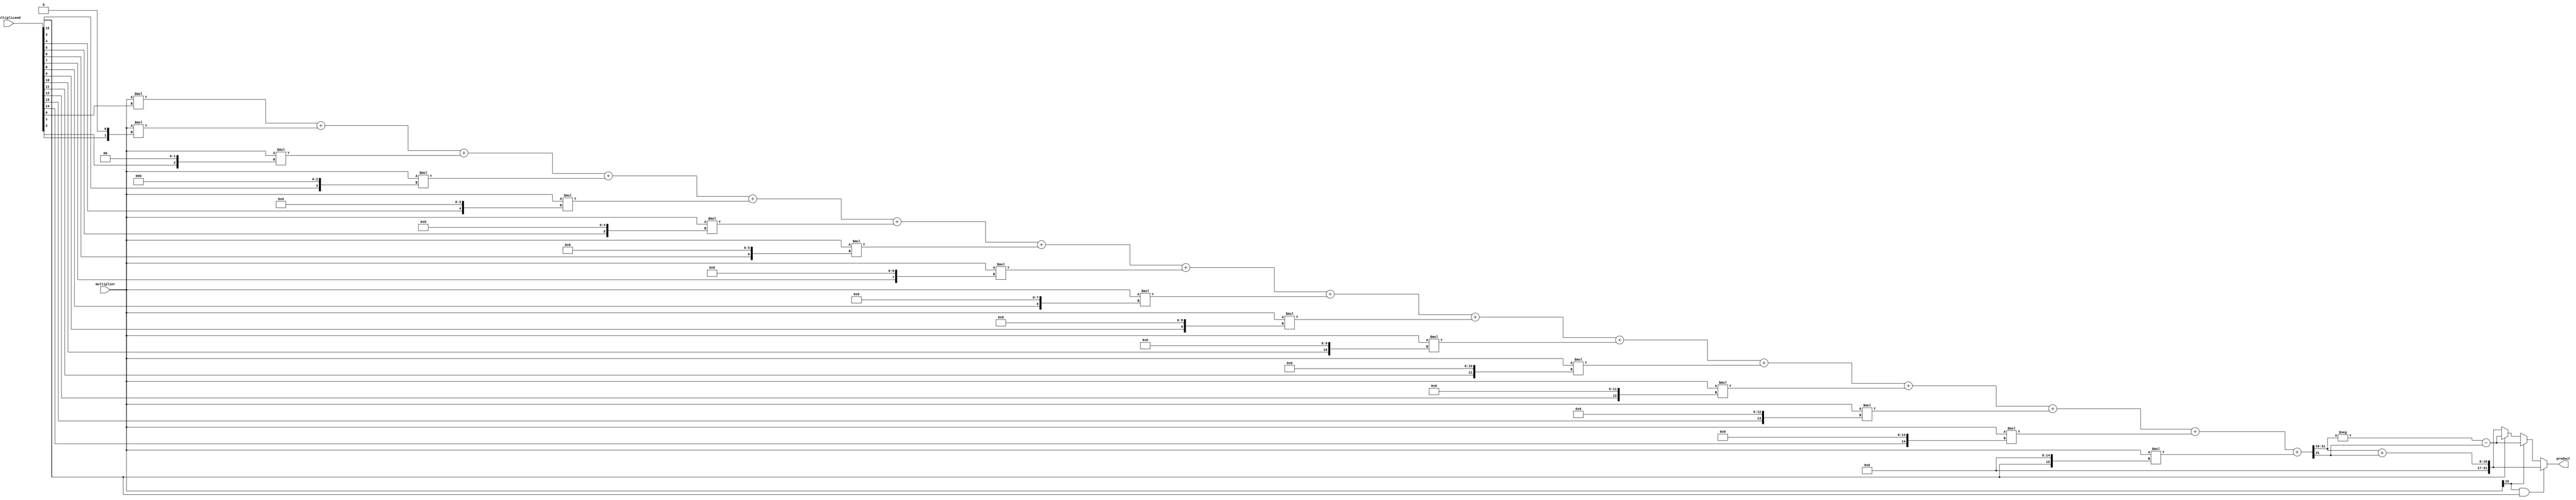
module baugh_wooley_multiplier(
    input signed [15:0] multiplier,
    input signed [15:0] multiplicand,
    output signed [31:0] product
);

reg signed [31:0] partial_products [15:0];
reg signed [31:0] sum;
reg signed [31:0] result;

integer i;

// Partial product generation stage
always @(*) begin
    for(i = 0; i < 16; i = i + 1) begin
        partial_products[i] = multiplier * (multiplicand[i] << i);
    end
end

// Reduction stage using Wallace tree
always @(*) begin
    sum = partial_products[0];
    for(i = 1; i < 16; i = i + 1) begin
        sum = sum + partial_products[i];
    end
end

// Sign extension stage
always @(*) begin
    if(multiplier[15] && multiplicand[15]) begin
        result = sum[31:16] + sum[31];
    end
    else if(multiplier[15]) begin
        result = -sum[31:16] - sum[31];
    end
    else if(multiplicand[15]) begin
        result = -sum[31:16] - sum[31];
    end
    else begin
        result = sum[31:16] + sum[31];
    end
end

// Final output stage
assign product = result;

endmodule